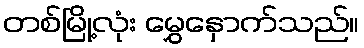
တစ်မြို့လုံး မွှေနှောက်သည်။